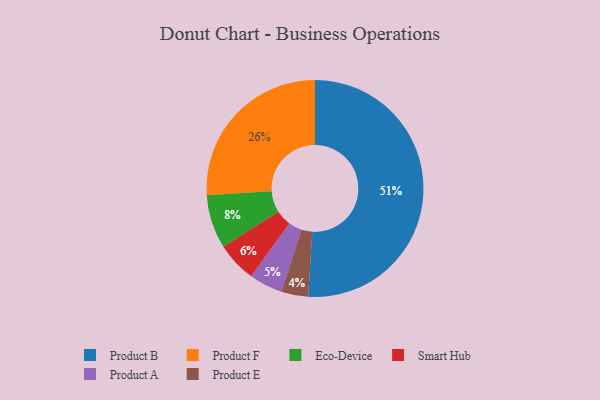
{"axis": {"x": "Category", "y": "Percentage"}, "legend": ["Eco-Device", "Product A", "Product B", "Product E", "Product F", "Smart Hub"], "data": [{"x": "Product A", "y": 5, "type": "Product A"}, {"x": "Product E", "y": 4, "type": "Product E"}, {"x": "Product F", "y": 26, "type": "Product F"}, {"x": "Eco-Device", "y": 8, "type": "Eco-Device"}, {"x": "Smart Hub", "y": 6, "type": "Smart Hub"}, {"x": "Product B", "y": 51, "type": "Product B"}]}